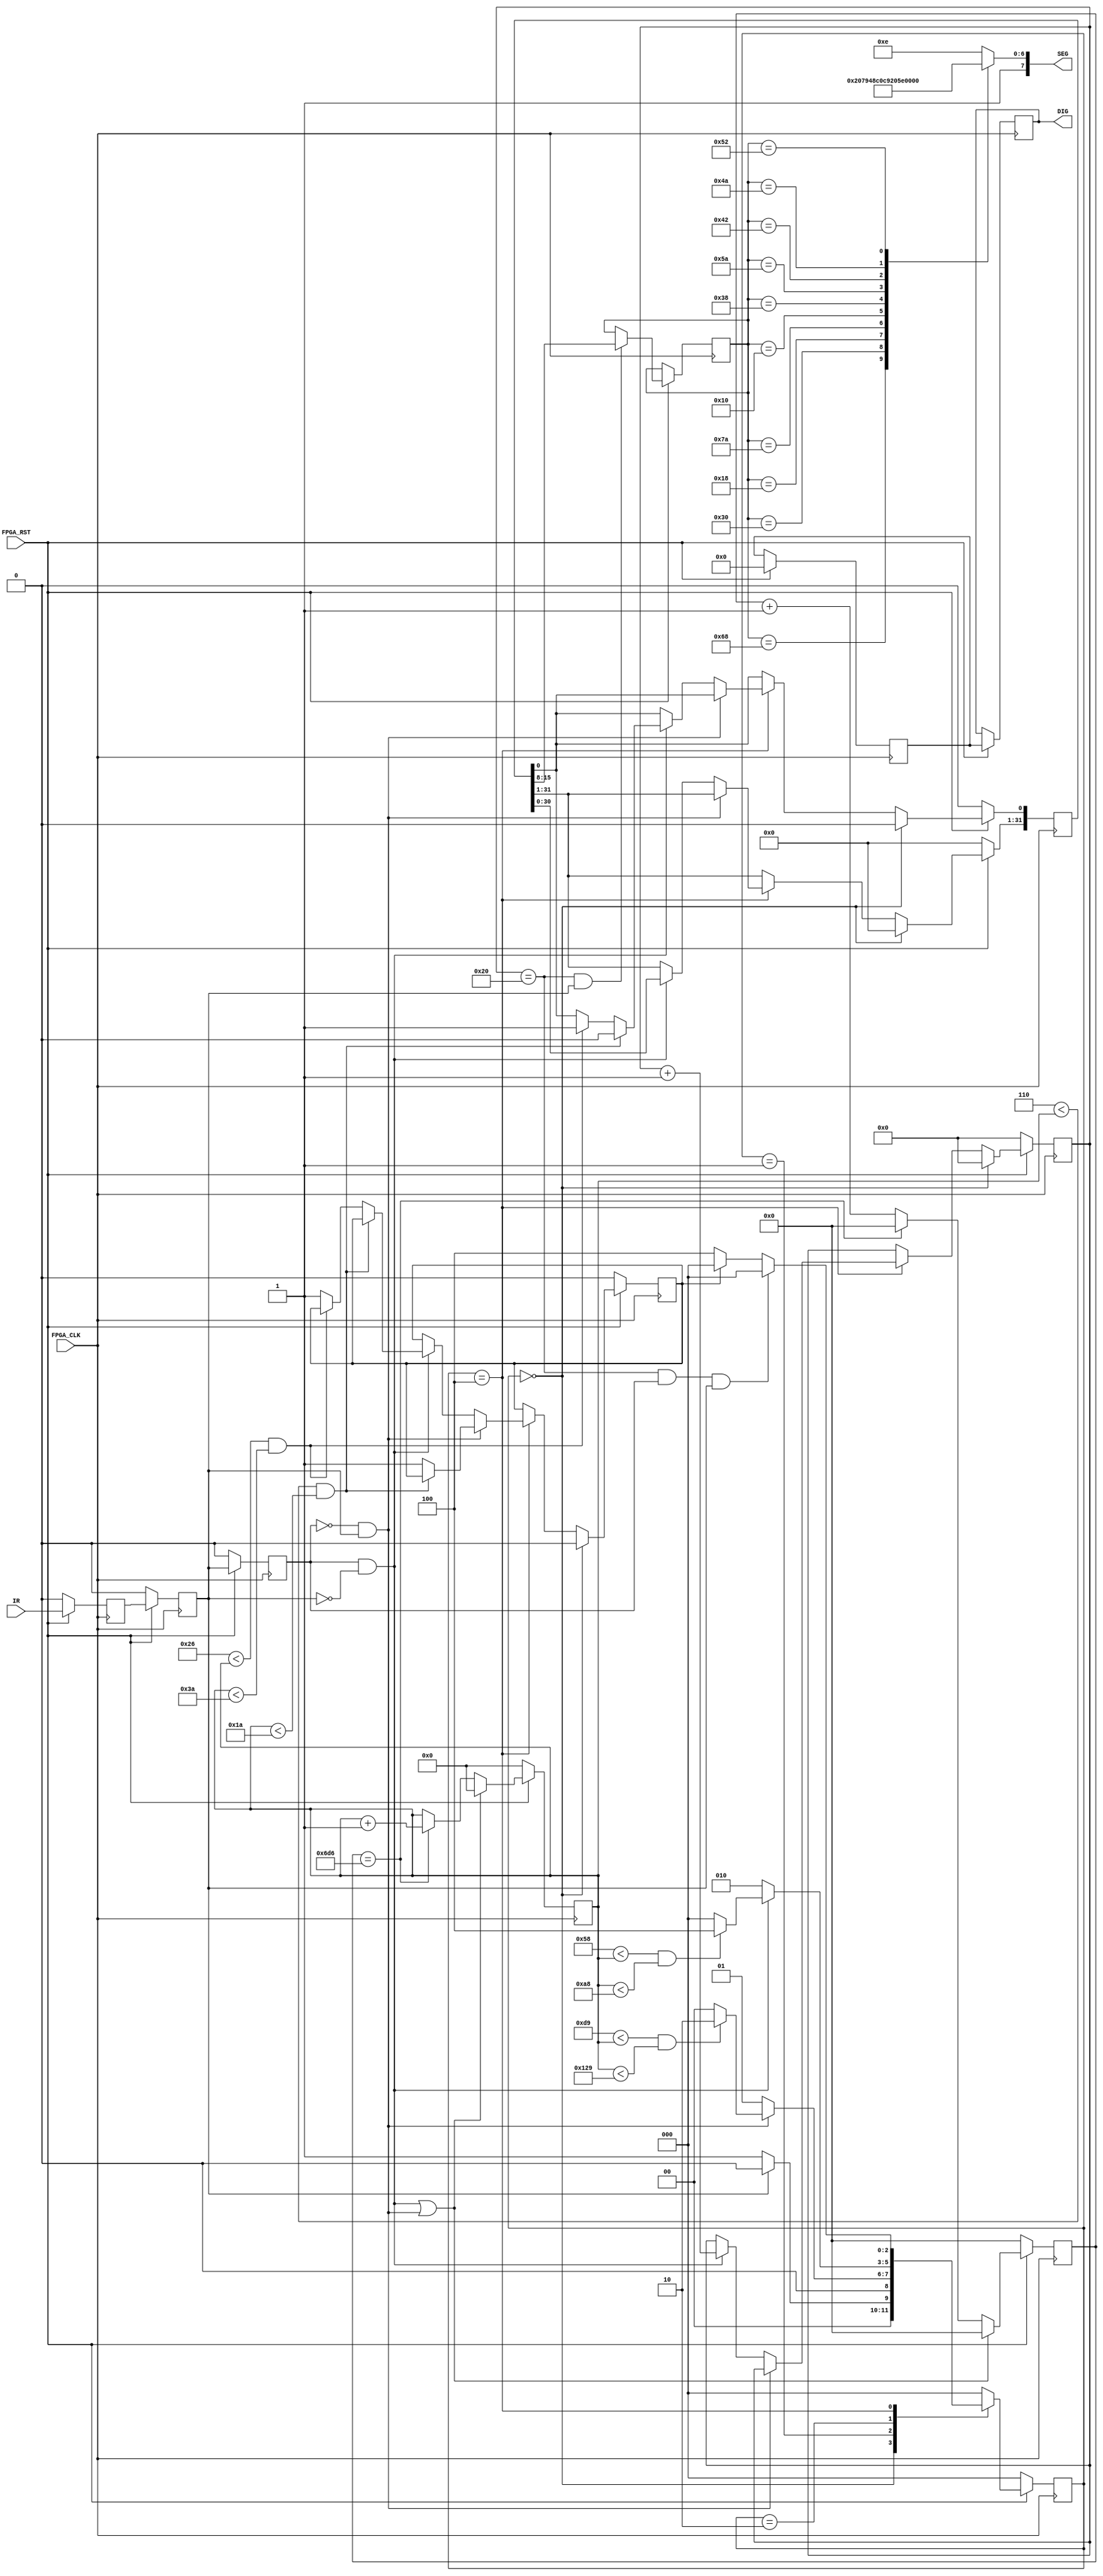
/*
** IR.v
**
**
*/

module IR( input wire FPGA_CLK, input wire FPGA_RST, input wire IR,output reg [3:0] DIG, output reg [7:0] SEG);
		reg [3:0] led_cs;
		reg [7:0] led_db;

		// Sinais de entrada do FPGA
		wire clk = FPGA_CLK;
		wire rst_n = FPGA_RST;
			
		reg [7:0] led1,led2,led3,led4;
		reg [15:0] irda_data;    // save irda data,than send to 7 segment led
		reg [31:0] get_data;     // use for saving 32 bytes irda data
		reg [5:0]  data_cnt;     // 32 bytes irda data counter
		reg [2:0]  cs,ns;
		reg error_flag;          // 32 bytes data. Durante o sinalizador de erro de dados.

		//----------------------------------------------------------------------------
		reg irda_reg0;       // Para evitar a metaestabilidade e evitar a conduo de vrios registros, este no  usado.
		reg irda_reg1;       // Isso s pode ser usado, o programa a seguir representa o estado de irda
		reg irda_reg2;       // Para determinar a borda de irda, pressione o registrador novamente, o programa a seguir representa o estado anterior de irda
		wire irda_neg_pulse; // Borda de descida de irda
		wire irda_pos_pulse; // Borda de subida de irda
		wire irda_chang;     // Borda de transicao de irda
  
		reg[15:0] cnt_scan;// Contador de frequncia de varredura
		
		reg [10:0] counter;  // Diviso de frequncia 1750 vezes
		reg [8:0]  counter2; // Contador do nmero de ticks aps a diviso de frequncia
		wire check_9ms;  // check leader 9ms time
		wire check_4ms;  // check leader 4.5ms time
		wire low;        // check  data="0" time
		wire high;       // check  data="1" time
		
		
		// O registrador eh usado aqui
		always @ (posedge clk)
		begin
			if( !rst_n ) begin
				irda_reg0 <= 1'b0;
				irda_reg1 <= 1'b0;
				irda_reg2 <= 1'b0;
			end
    
			else begin
				led_cs <= 4'b0000;
				DIG <= led_cs;
				irda_reg0 <= IR;
				irda_reg1 <= irda_reg0;
				irda_reg2 <= irda_reg1;
			end
		end
  
    
      
		// Atribuicoes de variaveis
		assign irda_chang = irda_neg_pulse | irda_pos_pulse;   // Mudanas de sinal recebidas por IR (subida ou ou descida)
		assign irda_neg_pulse = irda_reg2 & (~irda_reg1);      // IR recebe sinal de irda nas bordas de descida
		assign irda_pos_pulse = (~irda_reg2) & irda_reg1;      // IR recebe sinal de irda nas bordas de subida


		//----------------------------------------------------------------------------
		// Valor dividido por 1750 contagens
		always @ (posedge clk)
		begin
			if (!rst_n) begin
				counter <= 11'd0;
			end
			
			else if( irda_chang ) begin  // Quando o nivel de irda mudar, recomecar a contagem
				counter <= 11'd0;
			end
			else if( counter == 11'd1750 ) begin
				counter <= 11'd0;
			end
			else begin
				counter <= counter + 1'b1;
			end
		end
		
		//---------------------------------------------------------------------------- 
		always @ ( posedge clk )
		begin
			if (!rst_n) begin
				counter2 <= 9'd0;
			end
			else if( irda_chang ) begin  //Quando o nivel de irda mudar, recomecar a contagem
				counter2 <= 9'd0;
			end
			else if( counter == 11'd1750 ) begin
				counter2 <= counter2 +1'b1;
			end
		end
    
  
		assign check_9ms = ((217 < counter2) & (counter2 < 297)); 
		// 257 Para aumentar a estabilidade, faa um certo intervalo
		assign check_4ms = ((88 < counter2) & (counter2 < 168));  //128
		assign low  = ((6 < counter2) & (counter2 < 26));         // 16
		assign high = ((38 < counter2) & (counter2 < 58));        // 48

		//----------------------------------------------------------------------------
		// generate statemachine
		parameter IDLE       = 3'b000, //Estado inicial
		 		    LEADER_9   = 3'b001, //9ms
					 LEADER_4   = 3'b010, //4ms
					 DATA_STATE = 3'b100; //transferir dados
			

			
		//
		always @ (posedge clk)
		begin
			if( !rst_n ) begin
				cs <= IDLE;
			end
			else begin
				cs <= ns;  //bit de status
				end
		end
		
     
		
		always @ ( * )
		begin
				case (cs)
					IDLE:
					  if (~irda_reg1)
						 ns = LEADER_9;
					  else
						 ns = IDLE;
				
					LEADER_9:
					  if (irda_pos_pulse)   //leader 9ms check
						 begin
							if (check_9ms)
							  ns = LEADER_4;
							else
							  ns = IDLE;
						 end
					  else  // Completar a declaracao if-else para evitar gerar travas (problemas)
						 ns = LEADER_9;
				
					LEADER_4:
					  if (irda_neg_pulse)  // leader 4.5ms check
						 begin
							if (check_4ms)
							  ns = DATA_STATE;
							else
							  ns = IDLE;
						 end
					  else
						 ns = LEADER_4;
				
					DATA_STATE:
					  if ((data_cnt == 6'd32) & irda_reg2 & irda_reg1)
						 ns = IDLE;
					  else if (error_flag)
						 ns = IDLE;
					  else
						 ns = DATA_STATE;
					
					// Caso 'default'
					default: ns = IDLE;
				endcase
		end
		
		// --> A sada na mquina de estados  descrita por um circuito sequencial
		always @ (posedge clk)
		begin
				if( !rst_n ) begin
					data_cnt <= 6'd0;
					get_data <= 32'd0;
					error_flag <= 1'b0;
				end
		  
			 else if ( cs == IDLE ) begin
					data_cnt <= 6'd0;
					get_data <= 32'd0;
					error_flag <= 1'b0;
			 end
		  
			 else if ( cs == DATA_STATE ) begin
					if( irda_pos_pulse ) begin // low 0.56ms check
						if( !low ) begin //error
						  error_flag <= 1'b1;
						end
					end
				   
					else if( irda_neg_pulse ) begin //check 0.56ms/1.68ms data 0/1
						if ( low ) begin
							get_data[0] <= 1'b0;
						end
						
						else if( high ) begin
							get_data[0] <= 1'b1;
						end
						 
						else begin
						  error_flag <= 1'b1;
						end
						
						get_data[31:1] <= get_data[30:0];
						data_cnt <= data_cnt + 1'b1;
					 end
				end
		end
		
	 

		always @ (posedge clk)
		begin
			if (!rst_n) begin
				irda_data <= 16'd0;
			end

			else if ((data_cnt ==6'd32) & irda_reg1) begin
				led1 <= get_data[7:0];   // Cdigo inverso de dados
				led2 <= get_data[15:8];  //cdigo de dados
				led3 <= get_data[23:16]; //Cdigo de usurio
				led4 <= get_data[31:24];
			end
		end
 
		// Exibe as teclas pressionadas no controle remoto no tubo digital
		always@(led2) 
		begin
			case(led2)
			// Valor do cdigo da placa de controle remoto 0
			8'b01101000: led_db = 8'b1100_0000; // Mostrar o numero 0
			
			// Valor do cdigo do botao 1 do controle remoto
			8'b00110000: led_db = 8'b1111_1001; // Mostrar o numero  1
			
			// Valor do cdigo do botao 2 do controle remoto
			8'b00011000: led_db = 8'b1010_0100;  // Mostrar o numero 2
			
			// Valor do cdigo do botao 3 do controle remoto
			8'b01111010: led_db = 8'b1011_0000;  // Mostrar o numero 3
			
			// Valor do cdigo do botao 4 do controle remoto
			8'b00010000: led_db = 8'b1001_1001;  // Mostrar o numero 4
			
			// Valor do cdigo do botao 5 do controle remoto
			8'b00111000: led_db = 8'b1001_0010;  // Mostrar o numero 5
			
			// Valor do cdigo do botao 6 do controle remoto
			8'b01011010: led_db = 8'b1000_0010;  // Mostrar o numero  6
			
			// Valor do cdigo do botao 7 do controle remoto
			8'b01000010: led_db = 8'b1111_1000;  // Mostrar o numero 7
			
			// Valor do cdigo do botao 8 do controle remoto
			8'b01001010: led_db = 8'b1000_0000;  // Mostrar o numero 8
			
			// Valor do cdigo do botao 9 do controle remoto
			8'b01010010: led_db = 8'b1001_0000;  // Mostrar o numero 9
			
			// Caso padrao: Quando nenhuma tecla  pressionada, exibe F
			default: led_db = 8'b1000_1110;

			 endcase
			 
			 // Atribuicao
			 SEG <= led_db;
		end
endmodule